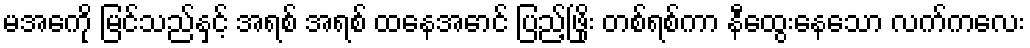
မအေကို မြင်သည်နှင့် အရစ် အရစ် ထနေအောင် ပြည့်ဖြိုး တစ်ရစ်ကာ နီထွေးနေသော လက်ကလေး